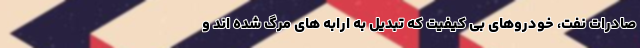
صادرات نفت، خودروهای بی کیفیت که تبدیل به ارابه های مرگ شده اند و